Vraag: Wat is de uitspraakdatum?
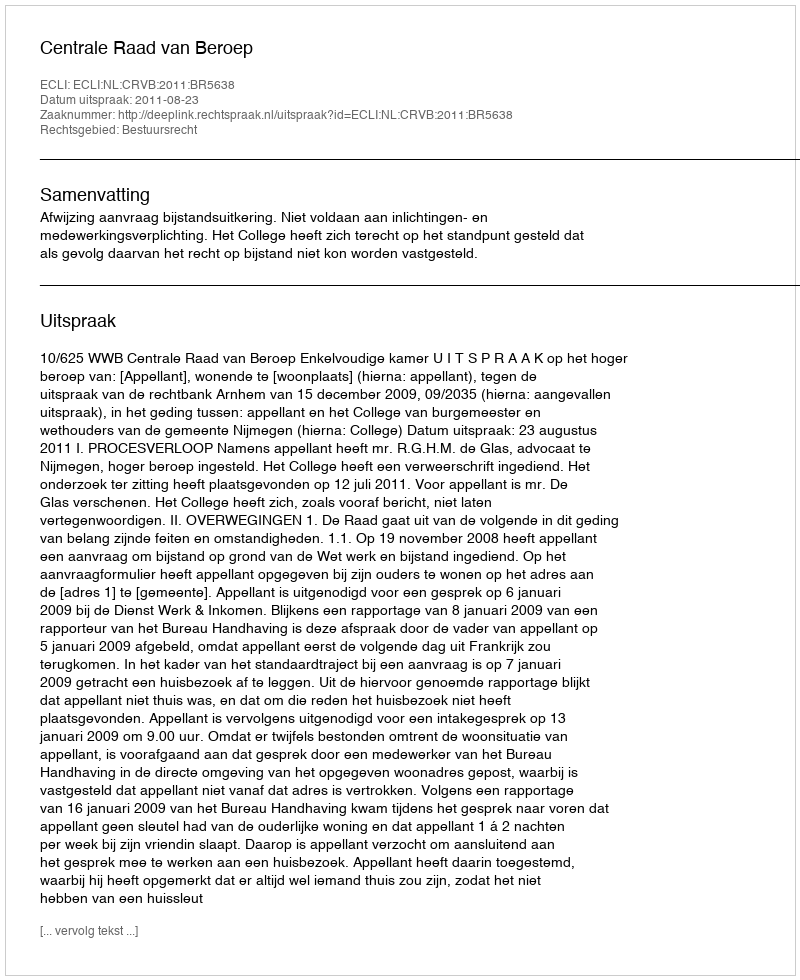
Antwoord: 2011-08-23